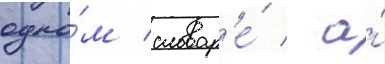
одно́м словар'е́ / а́